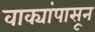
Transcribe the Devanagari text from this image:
वाक्यांपासून